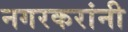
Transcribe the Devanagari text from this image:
नगरकरांनी